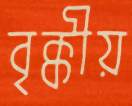
বৃক্কীয়